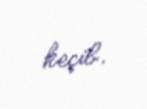
keçib.